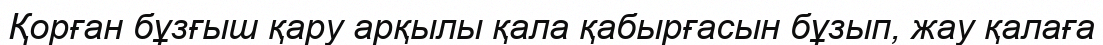
Қорған бұзғыш қару арқылы қала қабырғасын бұзып, жау қалаға